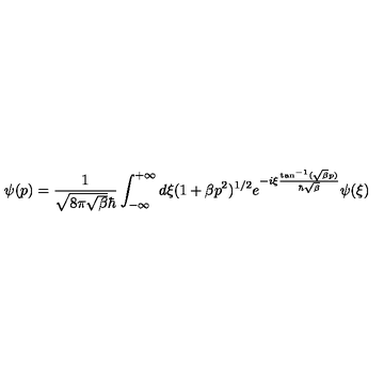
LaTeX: \psi ( p ) = \frac { 1 } { \sqrt { 8 \pi \sqrt { \beta } } \hbar } \int _ { - \infty } ^ { + \infty } d { \xi } { \mathrm { } } ( 1 + \beta p ^ { 2 } ) ^ { 1 / 2 } { \mathrm { } } e ^ { - i { \xi } \frac { \tan ^ { - 1 } ( \sqrt { \beta } p ) } { \hbar \sqrt { \beta } } } { \mathrm { } } \psi ( { \xi } )